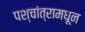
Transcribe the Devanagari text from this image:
पश्चांत्रामधून